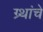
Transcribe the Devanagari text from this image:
ग्र्थांचे